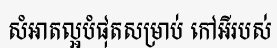
សំអាតល្អបំផុតសម្រាប់ កៅអីរបស់